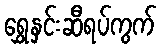
ရွှေနှင်းဆီရပ်ကွက်